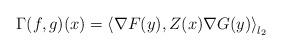
LaTeX: \begin{align*}\Gamma(f,g)(x)=\left\langle \nabla F(y), Z(x)\nabla G(y)\right\rangle_{l_2}\end{align*}